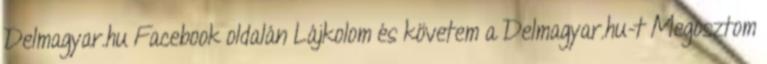
Delmagyar.hu Facebook oldalán Lájkolom és követem a Delmagyar.hu-t Megosztom